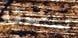
تستحقه